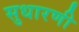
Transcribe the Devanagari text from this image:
सुधारणी